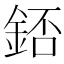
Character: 𨧆